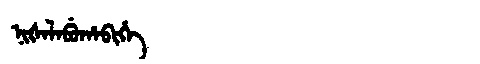
Manchu: ᠨᡳᡧᠠᠯᠠᠪᡠᡥᠠᠪᡳᡥᡝ
Romanization: NIŠALABUHABIHE